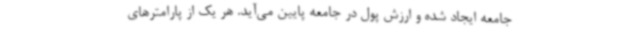
جامعه ایجاد شده‌ و ارزش پول در جامعه پایین می‌آید. هر یک از پارامترهای